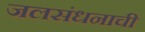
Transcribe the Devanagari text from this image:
जलसंधनाची